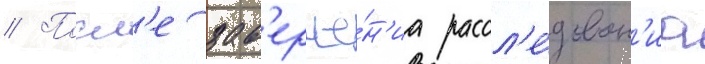
// Посл'е зав'ерше́н'иа рассл'е́дован'иа